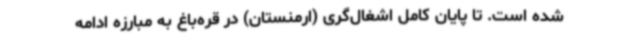
شده است. تا پایان کامل اشغال‌گری (ارمنستان) در قره‌باغ به مبارزه ادامه